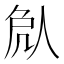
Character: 𠈽